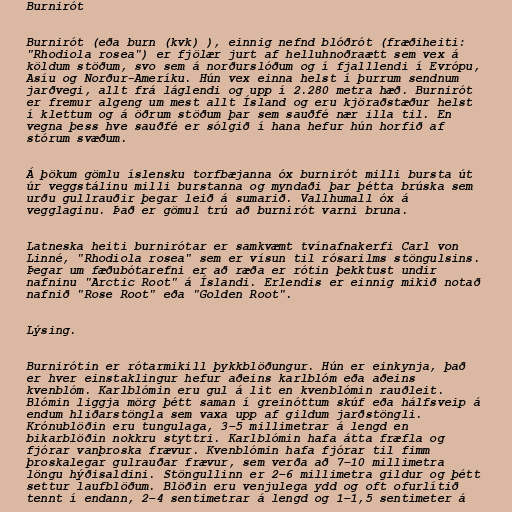
Burnirót

Burnirót (eða burn (kvk) ), einnig nefnd blóðrót (fræðiheiti:
"Rhodiola rosea") er fjölær jurt af helluhnoðraætt sem vex á
köldum stöðum, svo sem á norðurslóðum og í fjalllendi í Evrópu,
Asíu og Norður-Ameríku. Hún vex einna helst í þurrum sendnum
jarðvegi, allt frá láglendi og upp í 2.280 metra hæð. Burnirót
er fremur algeng um mest allt Ísland og eru kjöraðstæður helst
í klettum og á öðrum stöðum þar sem sauðfé nær illa til. En
vegna þess hve sauðfé er sólgið í hana hefur hún horfið af
stórum svæðum.

Á þökum gömlu íslensku torfbæjanna óx burnirót milli bursta út
úr veggstálinu milli burstanna og myndaði þar þétta brúska sem
urðu gullrauðir þegar leið á sumarið. Vallhumall óx á
vegglaginu. Það er gömul trú að burnirót varni bruna.

Latneska heiti burnirótar er samkvæmt tvínafnakerfi Carl von
Linné, "Rhodiola rosea" sem er vísun til rósarilms stöngulsins.
Þegar um fæðubótarefni er að ræða er rótin þekktust undir
nafninu "Arctic Root" á Íslandi. Erlendis er einnig mikið notað
nafnið "Rose Root" eða "Golden Root".

Lýsing.

Burnirótin er rótarmikill þykkblöðungur. Hún er einkynja, það
er hver einstaklingur hefur aðeins karlblóm eða aðeins
kvenblóm. Karlblómin eru gul á lit en kvenblómin rauðleit.
Blómin liggja mörg þétt saman í greinóttum skúf eða hálfsveip á
endum hliðarstöngla sem vaxa upp af gildum jarðstöngli.
Krónublöðin eru tungulaga, 3–5 millimetrar á lengd en
bikarblöðin nokkru styttri. Karlblómin hafa átta fræfla og
fjórar vanþroska frævur. Kvenblómin hafa fjórar til fimm
þroskalegar gulrauðar frævur, sem verða að 7–10 millimetra
löngu hýðisaldini. Stöngullinn er 2–6 millimetra gildur og þétt
settur laufblöðum. Blöðin eru venjulega ydd og oft ofurlítið
tennt í endann, 2–4 sentimetrar á lengd og 1–1,5 sentimeter á